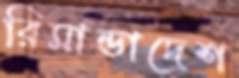
রিমান্ডাদেশ